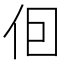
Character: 𪜭